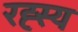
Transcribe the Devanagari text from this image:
रह्स्य